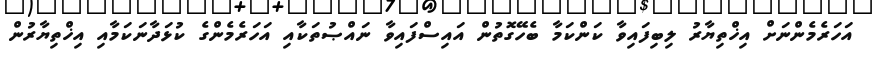
އަހަރެމެންނަށް އިޚްތިޔާރު ލިބިފައިވާ ކަންކަމާ ބެހޭގޮތުން އައިސްފައިވާ ނައްޞުތަކާއި އަހަރެމެންގެ ކުޅަދާނަކަމާއި އިޚްތިޔާރުން